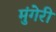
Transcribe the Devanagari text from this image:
मुंगेरी